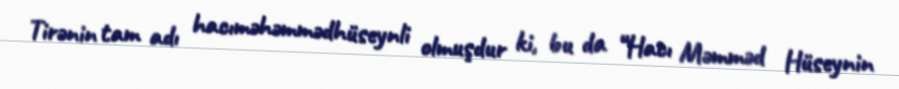
Tirənin tam adı hacıməhəmmədhüseynli olmuşdur ki, bu da “Hacı Məmməd Hüseynin